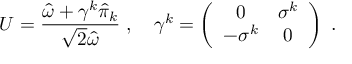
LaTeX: U = { \frac { \hat { \omega } + \gamma ^ { k } \hat { \pi } _ { k } } { \sqrt 2 \hat { \omega } } } \; , \quad \gamma ^ { k } = \left( \begin{array} { c c } { { 0 } } & { { \sigma ^ { k } } } \\ { { - \sigma ^ { k } } } & { { 0 } } \end{array} \right) \; .